Annual administration report of the Civil Veterinary Department, Sind - 1939-1940
Year: 1939
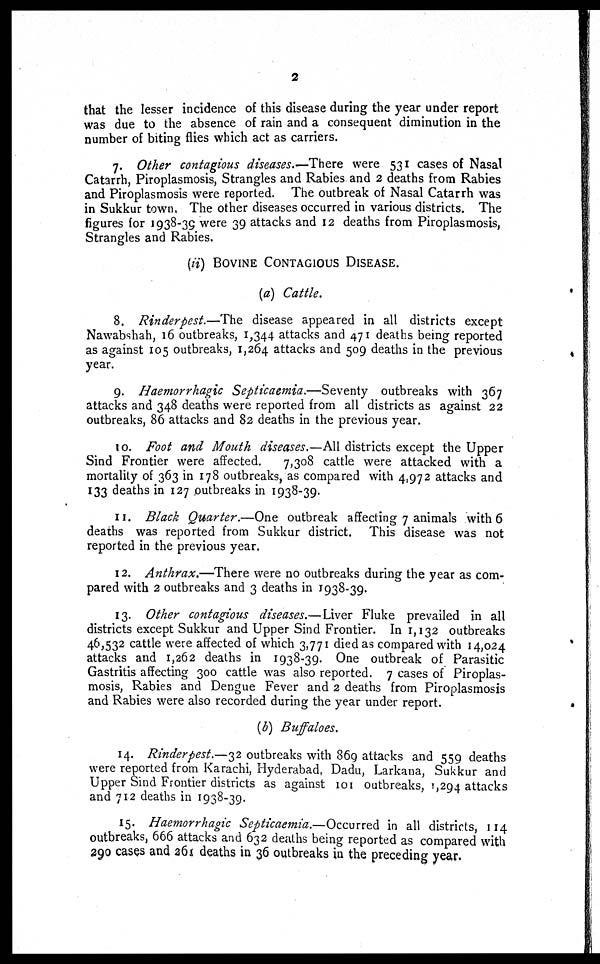
2
that the lesser incidence of this disease during the year under report
was due to the absence of rain and a consequent diminution in the
number of biting flies which act as carriers.
7. Other contagious diseases.—There were 531 cases of Nasal
Catarrh, Piroplasmosis, Strangles and Rabies and 2 deaths from Rabies
and Piroplasmosis were reported. The outbreak of Nasal Catarrh was
in Sukkur town, The other diseases occurred in various districts. The
figures for 1938-39 were 39 attacks and 12 deaths from Piroplasmosis,
Strangles and Rabies.
(ii) BOVINE CONTAGIOUS DISEASE.
(a) Cattle.
8. Rinderpest.—The disease appeared in all districts except
Nawabshah, 16 outbreaks, 1,344 attacks and 471 deaths being reported
as against 105 outbreaks, 1,264 attacks and 509 deaths in the previous
year.
9. Haemorrhagic Septicaemia.—Seventy
outbreaks with 367
attacks and 348 deaths were reported from all districts as against 22
outbreaks, 86 attacks and 82 deaths in the previous year.
10. Foot and Mouth diseases.—All districts except the Upper
Sind Frontier were affected.
7,308 cattle were attacked with a
mortality of 363 in 178 outbreaks, as compared with 4,972 attacks and
133 deaths in 127 outbreaks in 1938-39.
11. Black Quarter.—One outbreak affecting 7 animals with 6
deaths was reported from Sukkur district. This disease was not
reported in the previous year.
12. Anthrax.—There were no outbreaks during the year as com-
pared with 2 outbreaks and 3 deaths in 1938-39.
13. Other contagious diseases.— Liver Fluke prevailed in all
districts except Sukkur and Upper Sind Frontier. In 1,132 outbreaks
46,532 cattle were affected of which 3,77 1 died as compared with 14,024
attacks and 1,262 deaths in 1938-39. One outbreak of Parasitic
Gastritis affecting 300 cattle was also reported. 7 cases of Piroplas-
mosis, Rabies and Dengue Fever and 2 deaths from Piroplasmosis
and Rabies were also recorded during the year under report.
(b) Buffaloes.
14. Rinderpest.—32 outbreaks with 869 attacks and 559 deaths
were reported from Karachi, Hyderabad, Dadu, Larkana, Sukkur and
Upper Sind Frontier districts as against 101 outbreaks, 1,294 attacks
and 712 deaths in 1938-39.
15. Haemorrhagic Septicaemia.—Occurred in all districts, 114
outbreaks, 666 attacks and 632 deaths being reported as compared with
290 cases and 261 deaths in 36 outbreaks in the preceding year.